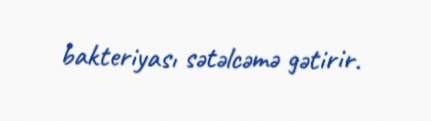
bakteriyası sətəlcəmə gətirir.